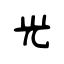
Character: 光